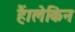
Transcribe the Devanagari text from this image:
हैं।लेकिन